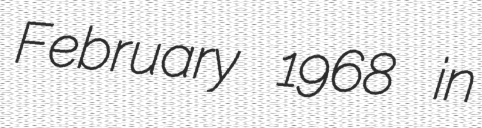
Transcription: February 1968 in